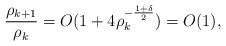
LaTeX: \begin{align*} \frac{\rho_{k+1}}{\rho_k}= O(1 + 4 \rho_k^{-\frac{1+\delta}{2}}) = O(1),\end{align*}